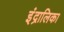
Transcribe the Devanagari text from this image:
इंद्रालिका